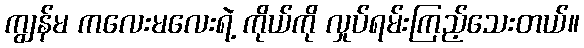
ကျွန်မ ကလေးမလေးရဲ့ ကိုယ်ကို လှုပ်ရမ်းကြည့်သေးတယ်။